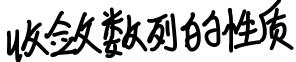
收敛数列的性质